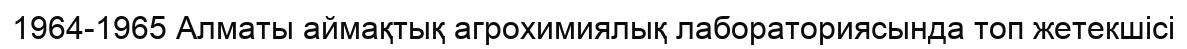
1964-1965 Алматы аймақтық агрохимиялық лабораториясында топ жетекшісі